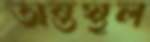
অন্তস্থল